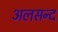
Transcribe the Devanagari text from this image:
अलसन्द